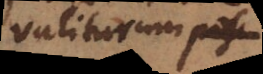
valiturum poscit.